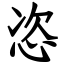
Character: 恣